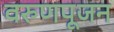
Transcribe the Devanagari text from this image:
वरुणपूजन